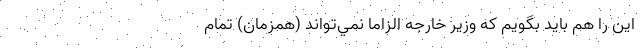
اين را هم بايد بگويم كه وزير خارجه الزاما نمي‌تواند (همزمان) تمام